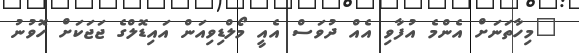
"މިހާތަނަށް އެންމެ އުފާވި އެއް ދުވަސް އެއީ މޯލްޑިވިއަން އައިޑޮލްގެ ޖަޖަކަށް ހޮވުނު